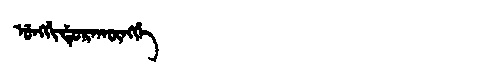
Manchu: ᡠᠩᡤᡳᡩᡠᡵᠠᡴᡡᠩᡤᡝ
Romanization: UNGGIDURAKŪNGGE